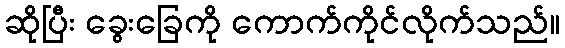
ဆိုပြီး ခွေးခြေကို ကောက်ကိုင်လိုက်သည်။